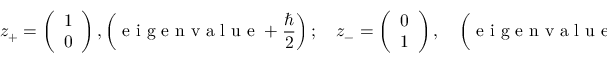
z _ { + } = \left( \begin{array} { l } { 1 } \\ { 0 } \end{array} \right) , \left( \mathrm { ~ e ~ i ~ g ~ e ~ n ~ v ~ a ~ l ~ u ~ e ~ } + \frac { \hbar } { 2 } \right) ; \quad z _ { - } = \left( \begin{array} { l } { 0 } \\ { 1 } \end{array} \right) , \quad \left( \mathrm { ~ e ~ i ~ g ~ e ~ n ~ v ~ a ~ l ~ u ~ e ~ } - \frac { \hbar } { 2 } \right)